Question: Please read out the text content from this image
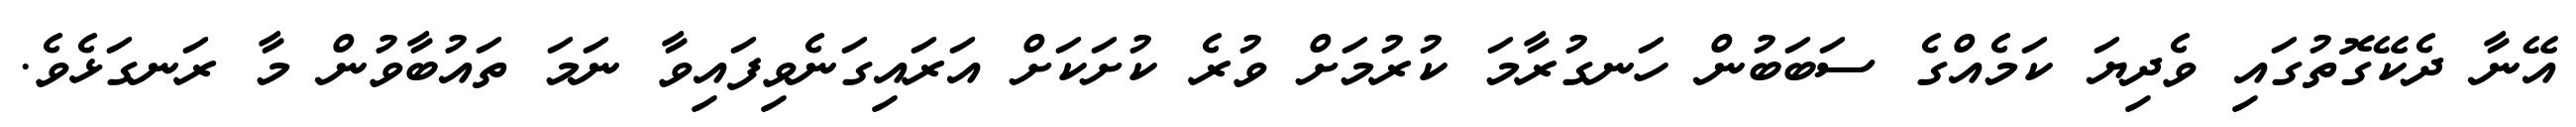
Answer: އޭނާ ދެކޭގޮތުގައި ވެދިޔަ ކަމެއްގެ ސަބަބުން ހަނގުރާމަ ކުރުމަށް ވުރެ ކުށަކަށް އަރައިގަނެވިފައިވާ ނަމަ ތައުބާވުން މާ ރަނގަޅެވެ.